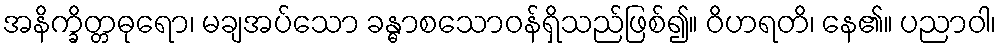
အနိက္ခိတ္တဓုရော၊ မချအပ်သော ခန္ဓာစသောဝန်ရှိသည်ဖြစ်၍။ ဝိဟရတိ၊ နေ၏။ ပညာဝါ၊